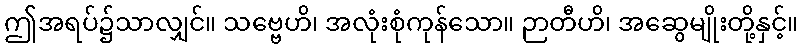
ဤအရပ်၌သာလျှင်။ သဗ္ဗေဟိ၊ အလုံးစုံကုန်သော။ ဉာတီဟိ၊ အဆွေမျိုးတို့နှင့်။